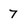
Character: 7